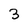
Character: 3